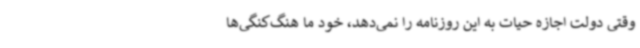
وقتی دولت اجازه حیات به این روزنامه را نمی‌دهد، خود ما هنگ‌کنگی‌ها